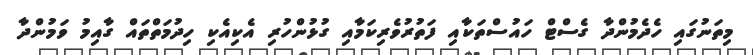
މިތަނުގައި ހެދެމުންދާ ގެސްޓް ހައުސްތަކާއި ފަތުރުވެރިކަމާއި ގުޅުންހުރި އެކިއެކި ހިދުމަތްތައް ގާއިމު ވަމުންދާ